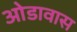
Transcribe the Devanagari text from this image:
ओडावास